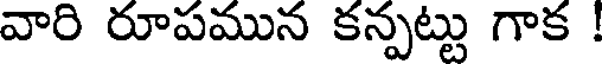
వారి రూపమున కన్పట్టు గాక !